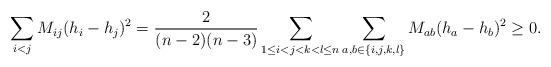
LaTeX: \begin{align*} \sum_{i<j}M_{ij}(h_i-h_j)^2=\frac{2}{(n-2)(n-3)}\sum_{1\leq i<j<k<l\leq n}\sum_{a,b\in\{i,j,k,l\}}M_{ab}(h_a-h_b)^2\geq 0.\end{align*}